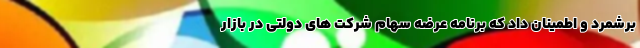
برشمرد و اطمینان داد که برنامه عرضه سهام شرکت های دولتی در بازار